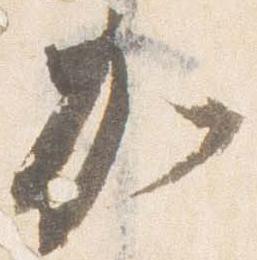
加